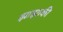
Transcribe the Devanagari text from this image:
झाझाकी